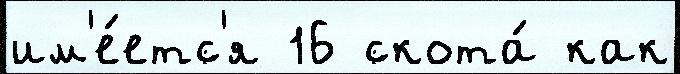
им'е́етс'я 16 скота́ как